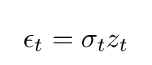
~\epsilon _{t}=\sigma _{t}z_{t}~